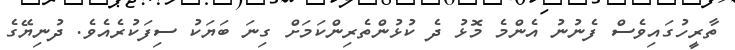
ތާރީހުގައިވެސް ފެނުނު އެންމެ މޮޅު ދެ ކުޅުންތެރިންކަމަށް ގިނަ ބަޔަކު ސިފަކުރެއެވެ. ދުނިޔޭގެ